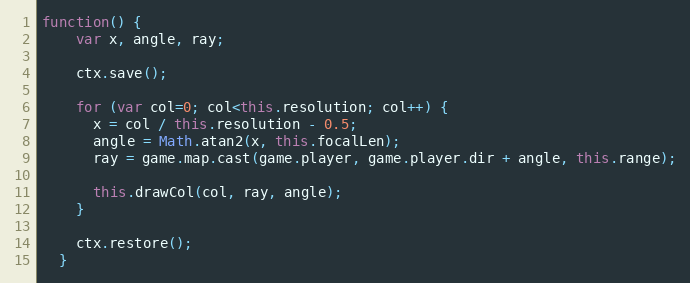
Language: JavaScript
function() {
    var x, angle, ray;

    ctx.save();

    for (var col=0; col<this.resolution; col++) {
      x = col / this.resolution - 0.5;
      angle = Math.atan2(x, this.focalLen);
      ray = game.map.cast(game.player, game.player.dir + angle, this.range);

      this.drawCol(col, ray, angle);
    }

    ctx.restore();
  }